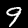
Digit: 9